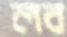
লব